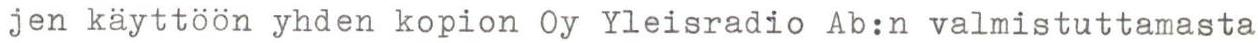
jen kayttöön yhden kopion Oy Yleisradio Ab:n valmistuttamasta